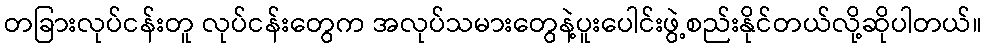
တခြားလုပ်ငန်းတူ လုပ်ငန်းတွေက အလုပ်သမားတွေနဲ့ပူးပေါင်းဖွဲ့စည်းနိုင်တယ်လို့ဆိုပါတယ်။